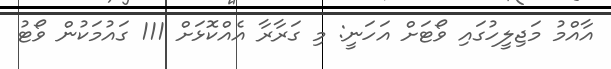
އާއްމު މަޖިލީހުގައި ވޯޓަށް އަހަނީ: މި ގަރާރާ އެއްކޮޅަށް 111 ގައުމަކުން ވޯޓު